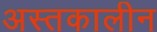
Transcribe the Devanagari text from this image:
अस्तकालीन